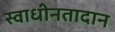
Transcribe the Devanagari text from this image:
स्वाधीनतादान